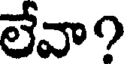
లేవా?